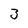
Character: 3